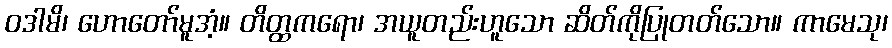
ဝဒါမိ၊ ဟောတော်မူအံ့။ တိတ္ထကရော၊ အယူတည်းဟူသော ဆိတ်ကိုပြုတတ်သော။ ကာမေသု၊